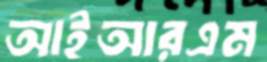
আইআরএম